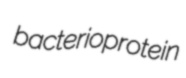
bacterioprotein